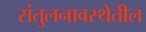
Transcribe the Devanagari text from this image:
संतुलनावस्थेतील